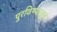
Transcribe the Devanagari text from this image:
पुरविण्यातून